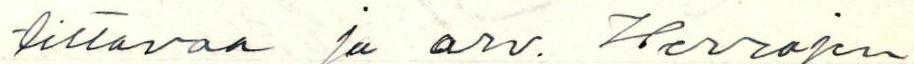
tittavaa ja arv. Herrojen